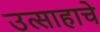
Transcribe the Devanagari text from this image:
उत्साहाचे